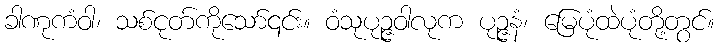
ခါဏုကံဝါ၊ သစ်ငုတ်ကိုသော်၎င်း။ ဝံသုပုဉ္ဇဝါလုက ပုဉ္ဇနံ၊ မြေပုံထဲပုံတို့တွင်။